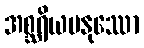
အစ္ဆရိယမနုဿော